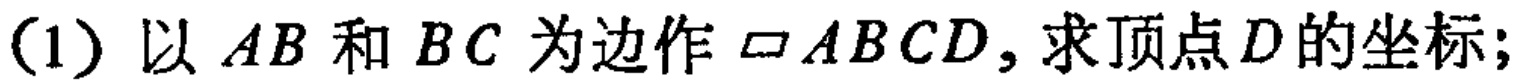
(1) 以 \(AB\) 和 \(BC\) 为边作 \(\square ABCD\)，求顶点 \(D\) 的坐标；